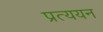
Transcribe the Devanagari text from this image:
प्रत्ययन